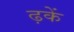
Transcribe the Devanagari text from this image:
ढ़कें